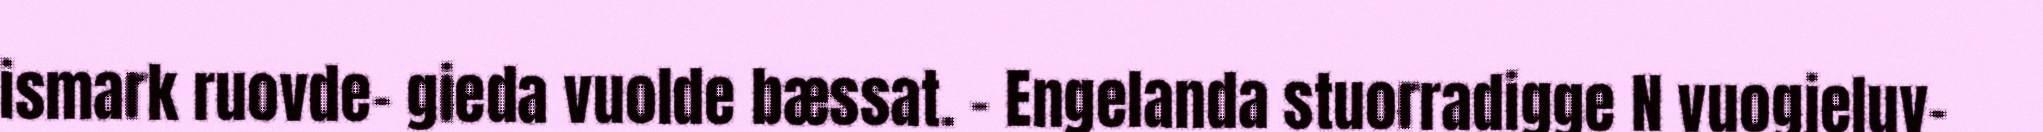
ismark ruovde- gieda vuolde bæssat. – Engelanda stuorradigge N vuogjeluv-